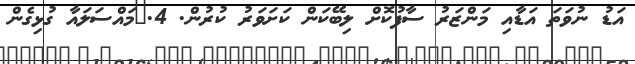
އަޑު ނުވަތަ އަޑާއި މަންޒަރު ސާފުކޮށް ލިބޭކަން ކަށަވަރު ކުރުން. 4.	މައްސަލައާ ގުޅިގެން